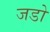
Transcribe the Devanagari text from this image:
जडो